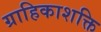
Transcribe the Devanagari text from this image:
ग्राहिकाशक्ति